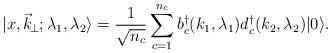
LaTeX: \begin{align*}\vert x,\vec k_{\!\perp}; \lambda_1,\lambda_2 \rangle ={1\over \sqrt{n_c}} \sum _{c=1} ^{n_c} b^\dagger_c (k_1,\lambda_1) d^\dagger_c (k_2,\lambda_2) \vert 0 \rangle .\end{align*}